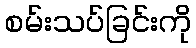
စမ်းသပ်ခြင်းကို